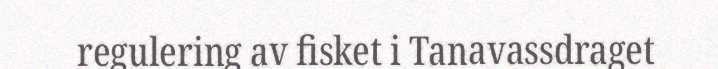
regulering av fisket i Tanavassdraget